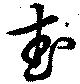
武